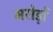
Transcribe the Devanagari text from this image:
मरोड़ों